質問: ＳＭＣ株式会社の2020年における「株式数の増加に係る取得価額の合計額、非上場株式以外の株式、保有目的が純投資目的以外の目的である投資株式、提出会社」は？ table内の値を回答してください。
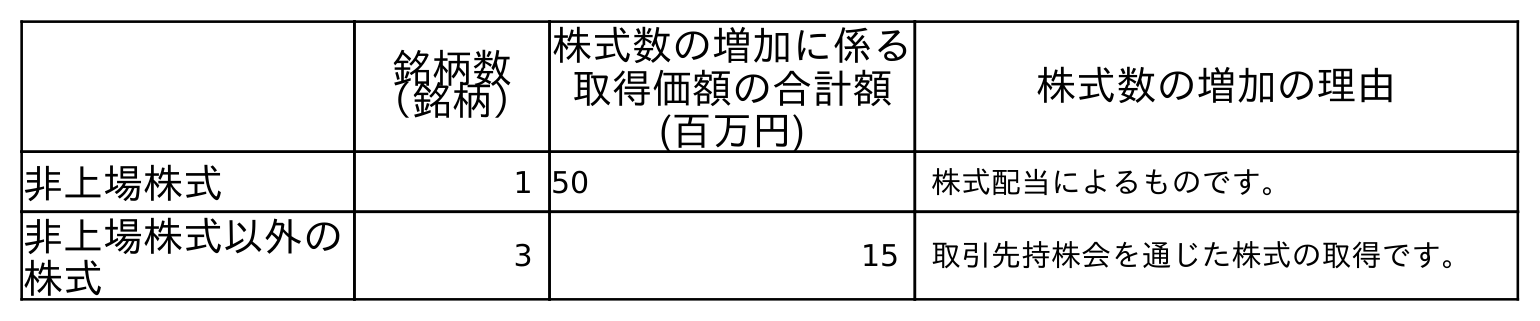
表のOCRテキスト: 銘柄数 （銘柄） 株式数の増加に係る 取得価額の合計額 (百万円) 株式数の増加の理由 非上場株式 1 50 株式配当によるものです。 非上場株式以外の 株式 3 15 取引先持株会を通じた株式の取得です。
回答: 15